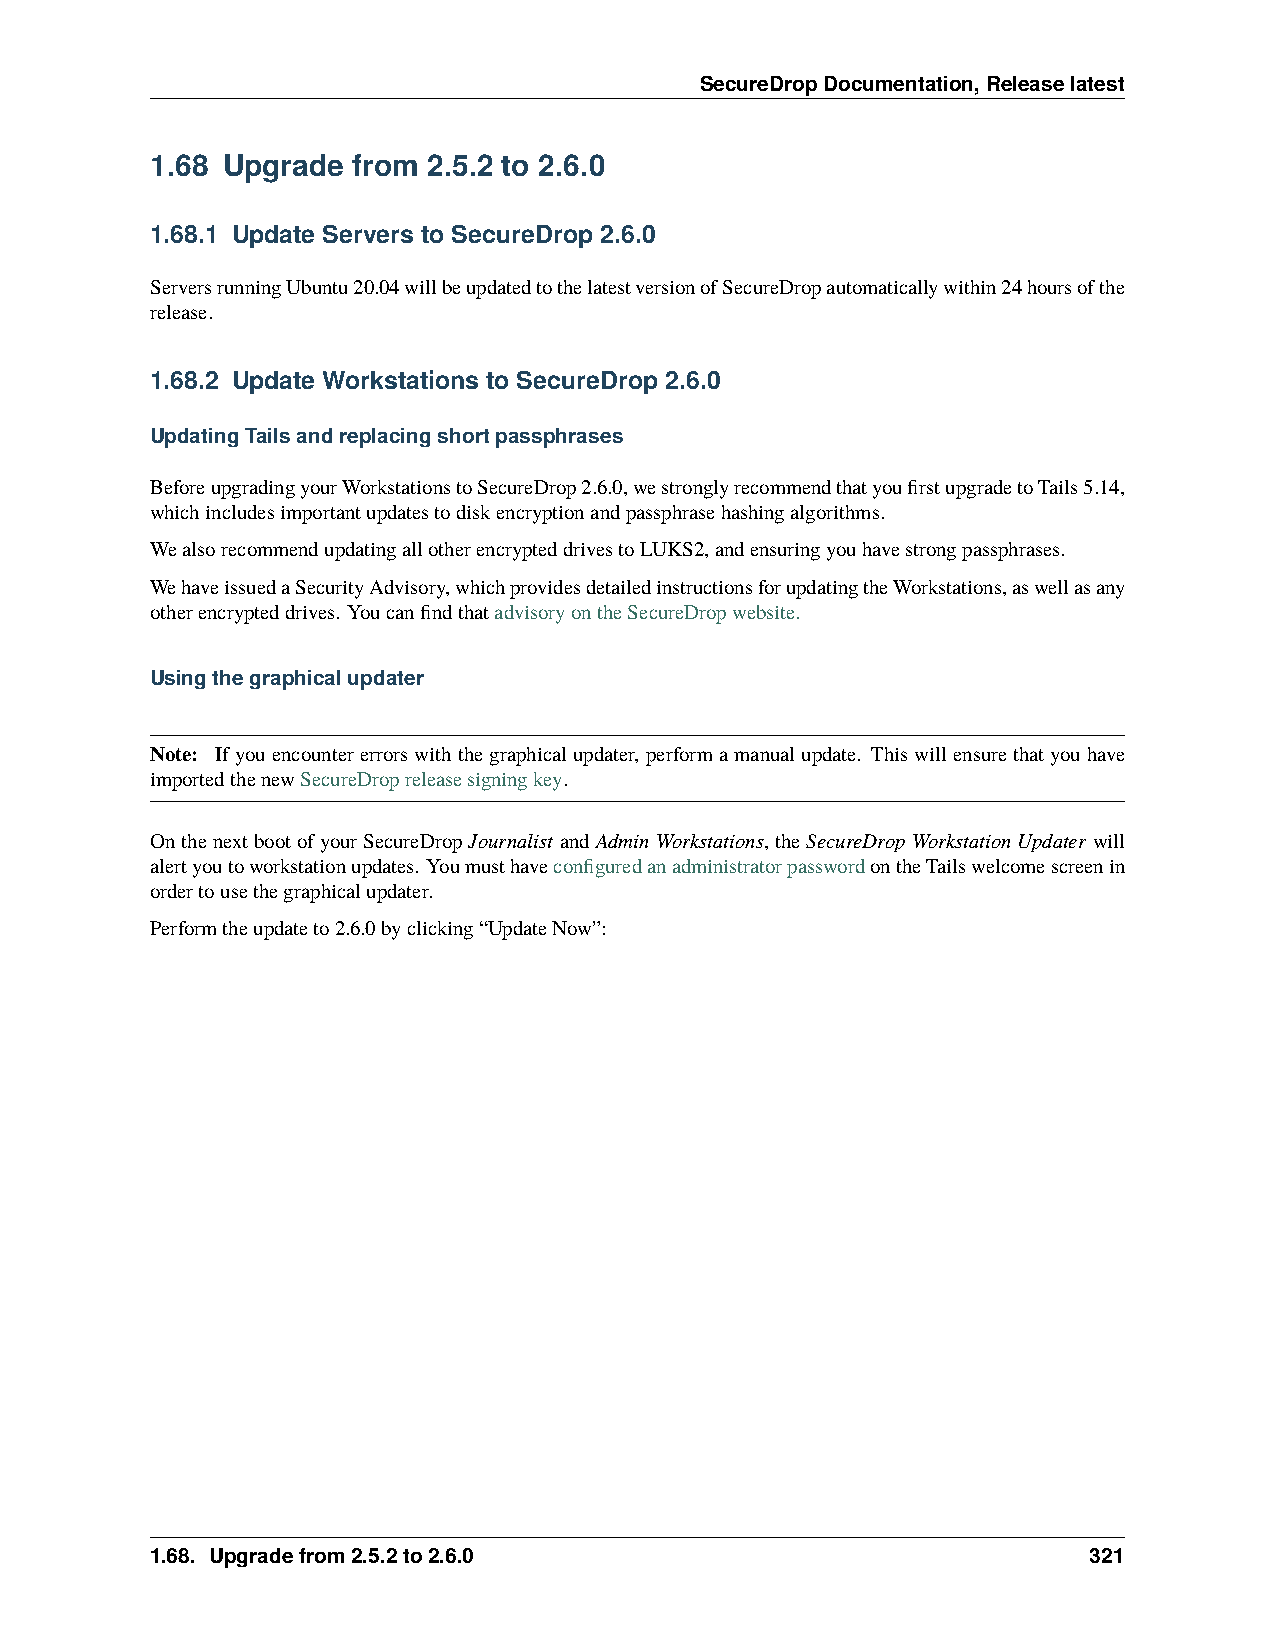
SecureDropDocumentation,Releaselatest
 1.68 Upgrade from 2.5.2 to 2.6.0
 1.68.1 Update Servers to SecureDrop 2.6.0
 ServersrunningUbuntu20.04willbeupdatedtothelatestversionofSecureDropautomaticallywithin24hoursofthe
 release.
 1.68.2 Update Workstations to SecureDrop 2.6.0
 UpdatingTailsandreplacingshortpassphrases
 BeforeupgradingyourWorkstationstoSecureDrop2.6.0,westronglyrecommendthatyoufirstupgradetoTails5.14,
 whichincludesimportantupdatestodiskencryptionandpassphrasehashingalgorithms.
 WealsorecommendupdatingallotherencrypteddrivestoLUKS2,andensuringyouhavestrongpassphrases.
 WehaveissuedaSecurityAdvisory,whichprovidesdetailedinstructionsforupdatingtheWorkstations,aswellasany
 otherencrypteddrives. YoucanfindthatadvisoryontheSecureDropwebsite.
 Usingthegraphicalupdater
 Note: Ifyouencountererrorswiththegraphicalupdater, performamanualupdate. Thiswillensurethatyouhave
 importedthenewSecureDropreleasesigningkey.
 OnthenextbootofyourSecureDropJournalist andAdminWorkstations,theSecureDropWorkstationUpdater will
 alertyoutoworkstationupdates. YoumusthaveconfiguredanadministratorpasswordontheTailswelcomescreenin
 ordertousethegraphicalupdater.
 Performtheupdateto2.6.0byclicking“UpdateNow”:
 1.68. Upgradefrom2.5.2to2.6.0                                 321